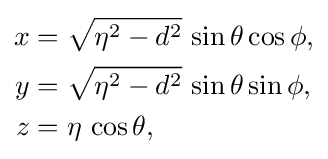
{\begin{aligned}x&={\sqrt {\eta ^{2}-d^{2}}}\,\sin \theta \cos \phi ,\\y&={\sqrt {\eta ^{2}-d^{2}}}\,\sin \theta \sin \phi ,\\z&=\eta \,\cos \theta ,\end{aligned}}